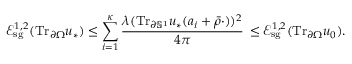
\mathcal E _ { \mathrm { s g } } ^ { 1 , 2 } ( \mathrm { T r } _ { \partial \Omega } u _ { * } ) \leq \sum _ { i = 1 } ^ { \kappa } \frac { \lambda ( \mathrm { T r } _ { \partial \mathbb { S } ^ { 1 } } u _ { * } ( a _ { i } + \bar { \rho } \cdot ) ) ^ { 2 } } { 4 \pi } \, \leq \mathcal E _ { \mathrm { s g } } ^ { 1 , 2 } ( \mathrm { T r } _ { \partial \Omega } u _ { 0 } ) .